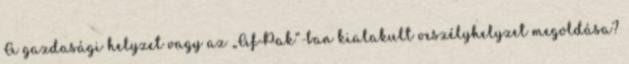
A gazdasági helyzet vagy az „AfPak”-ban kialakult veszélyhelyzet megoldása?